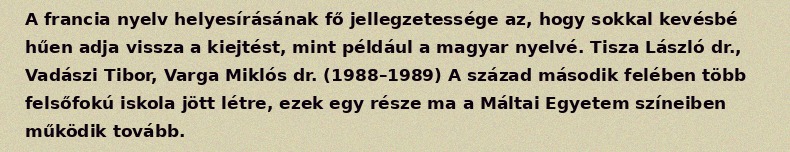
A francia nyelv helyesírásának fő jellegzetessége az, hogy sokkal kevésbé hűen adja vissza a kiejtést, mint például a magyar nyelvé. Tisza László dr., Vadászi Tibor, Varga Miklós dr. (1988–1989) A század második felében több felsőfokú iskola jött létre, ezek egy része ma a Máltai Egyetem színeiben működik tovább.